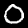
Digit: 0